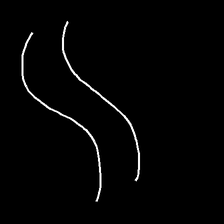
Glyph: float